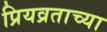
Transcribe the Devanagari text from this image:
प्रियव्रताच्या